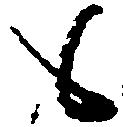
候